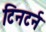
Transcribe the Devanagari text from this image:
टिनटर्न